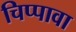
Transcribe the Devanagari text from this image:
चिप्पावा